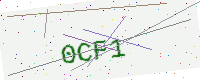
Text: 0CF1